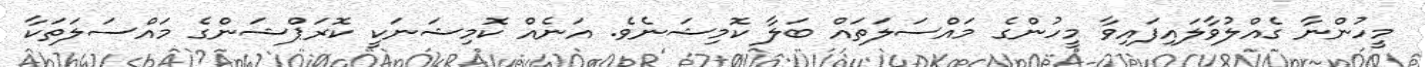
މީހުންނާ ގެއްލުވާލައިފައިވާ މީހުންގެ މައްސަލަތައް ބަލާ ކޮމިޝަނެވެ. އަނެއް ކޮމިޝަނަކީ ކޮރަޕްޝަންގެ މައްސަލަތަކާ